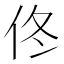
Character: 佟